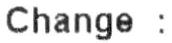
CHANGE :